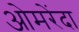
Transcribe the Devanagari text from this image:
ओमरेंदा